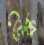
ডেস্ক